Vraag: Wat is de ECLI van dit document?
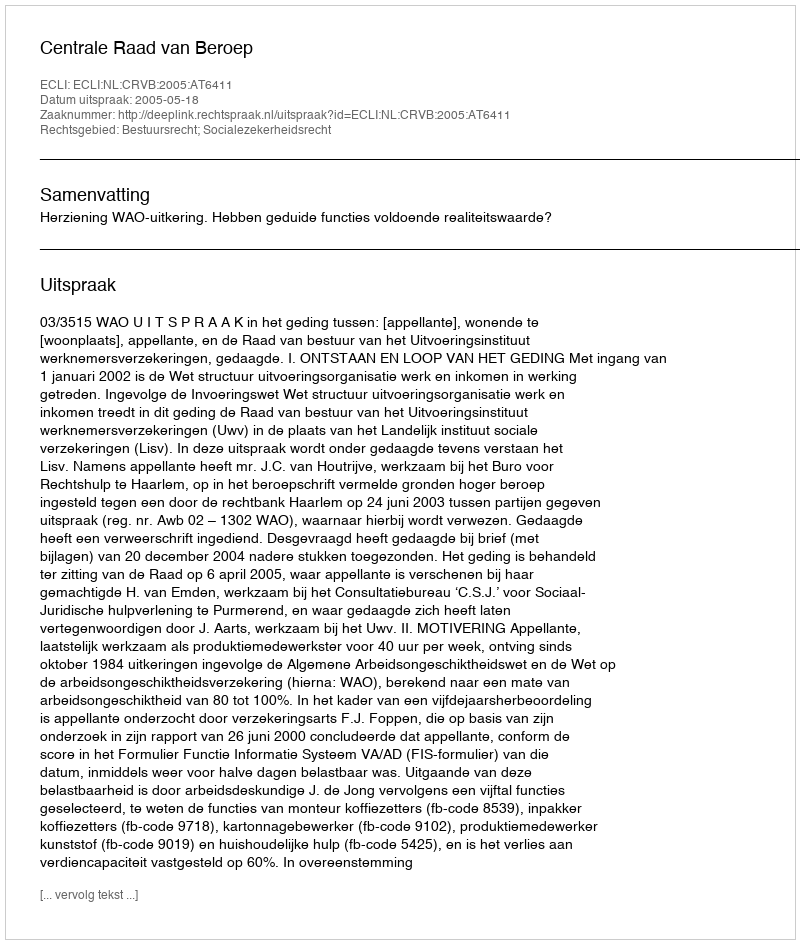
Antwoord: ECLI:NL:CRVB:2005:AT6411